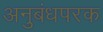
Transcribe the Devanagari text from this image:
अनुबंधपरक